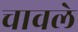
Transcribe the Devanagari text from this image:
चावले